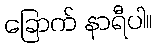
ခြောက် နာရီပါ။